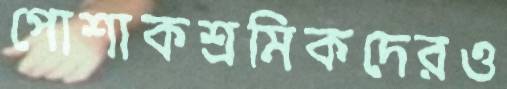
পোশাকশ্রমিকদেরও